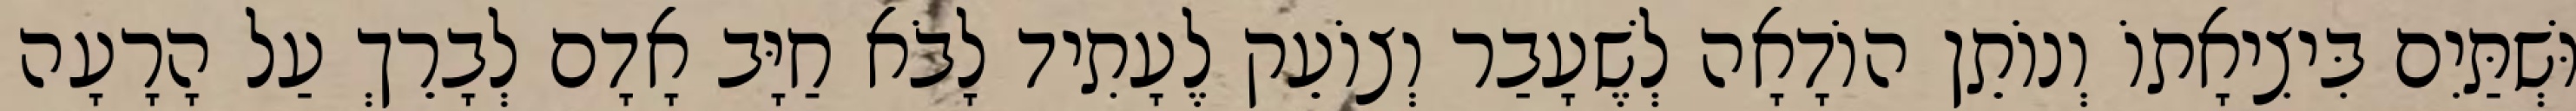
וּשְׁתַּיִם בִּיצִיאָתוֹ וְנוֹתֵן הוֹדָאָה לְשֶׁעָבַר וְצוֹעֵק לֶעָתִיד לָבֹא חַיָּב אָדָם לְבָרֵךְ עַל הָרָעָה